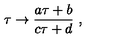
\tau \rightarrow { \frac { a \tau + b } { c \tau + d } } \ ,